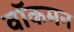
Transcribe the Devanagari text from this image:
वॉकमन